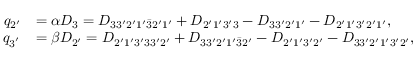
\begin{array} { r l } { q _ { 2 ^ { \prime } } } & { = \alpha D _ { 3 } = { D _ { 3 3 ^ { \prime } 2 ^ { \prime } 1 ^ { \prime } \bar { 3 } 2 ^ { \prime } 1 ^ { \prime } } } + { D _ { 2 ^ { \prime } 1 ^ { \prime } 3 ^ { \prime } \mathrm { { 3 } } } } - { D _ { 3 3 ^ { \prime } 2 ^ { \prime } 1 ^ { \prime } } } - { D _ { 2 ^ { \prime } 1 ^ { \prime } 3 ^ { \prime } 2 ^ { \prime } 1 ^ { \prime } } } , } \\ { q _ { 3 ^ { ' } } } & { = \beta D _ { 2 ^ { \prime } } = { D _ { 2 ^ { \prime } 1 ^ { \prime } 3 ^ { \prime } 3 3 ^ { \prime } { \mathrm { 2 ^ { \prime } } } } } + { D _ { 3 3 ^ { \prime } 2 ^ { \prime } 1 ^ { \prime } \bar { 3 } \mathrm { { 2 ^ { \prime } } } } } - { D _ { 2 ^ { \prime } 1 ^ { \prime } 3 ^ { \prime } { \mathrm { 2 ^ { \prime } } } } } - { D _ { 3 3 ^ { \prime } 2 ^ { \prime } 1 ^ { \prime } 3 ^ { \prime } \mathrm { { 2 ^ { \prime } } } } } , } \end{array}